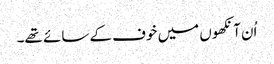
اُن آنکھوں میں خوف کے سائے تھے۔